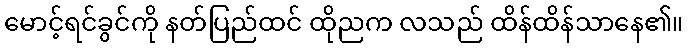
မောင့်ရင်ခွင်ကို နတ်ပြည်ထင် ထိုညက လသည် ထိန်ထိန်သာနေ၏။